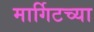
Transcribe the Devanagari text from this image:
मार्गिटच्या